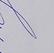
Signature authenticity: forged